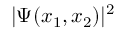
| \Psi ( x _ { 1 } , x _ { 2 } ) | ^ { 2 }